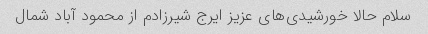
سلام حالا خورشیدی‌های عزیز ایرج شیرزادم از محمود آباد شمال